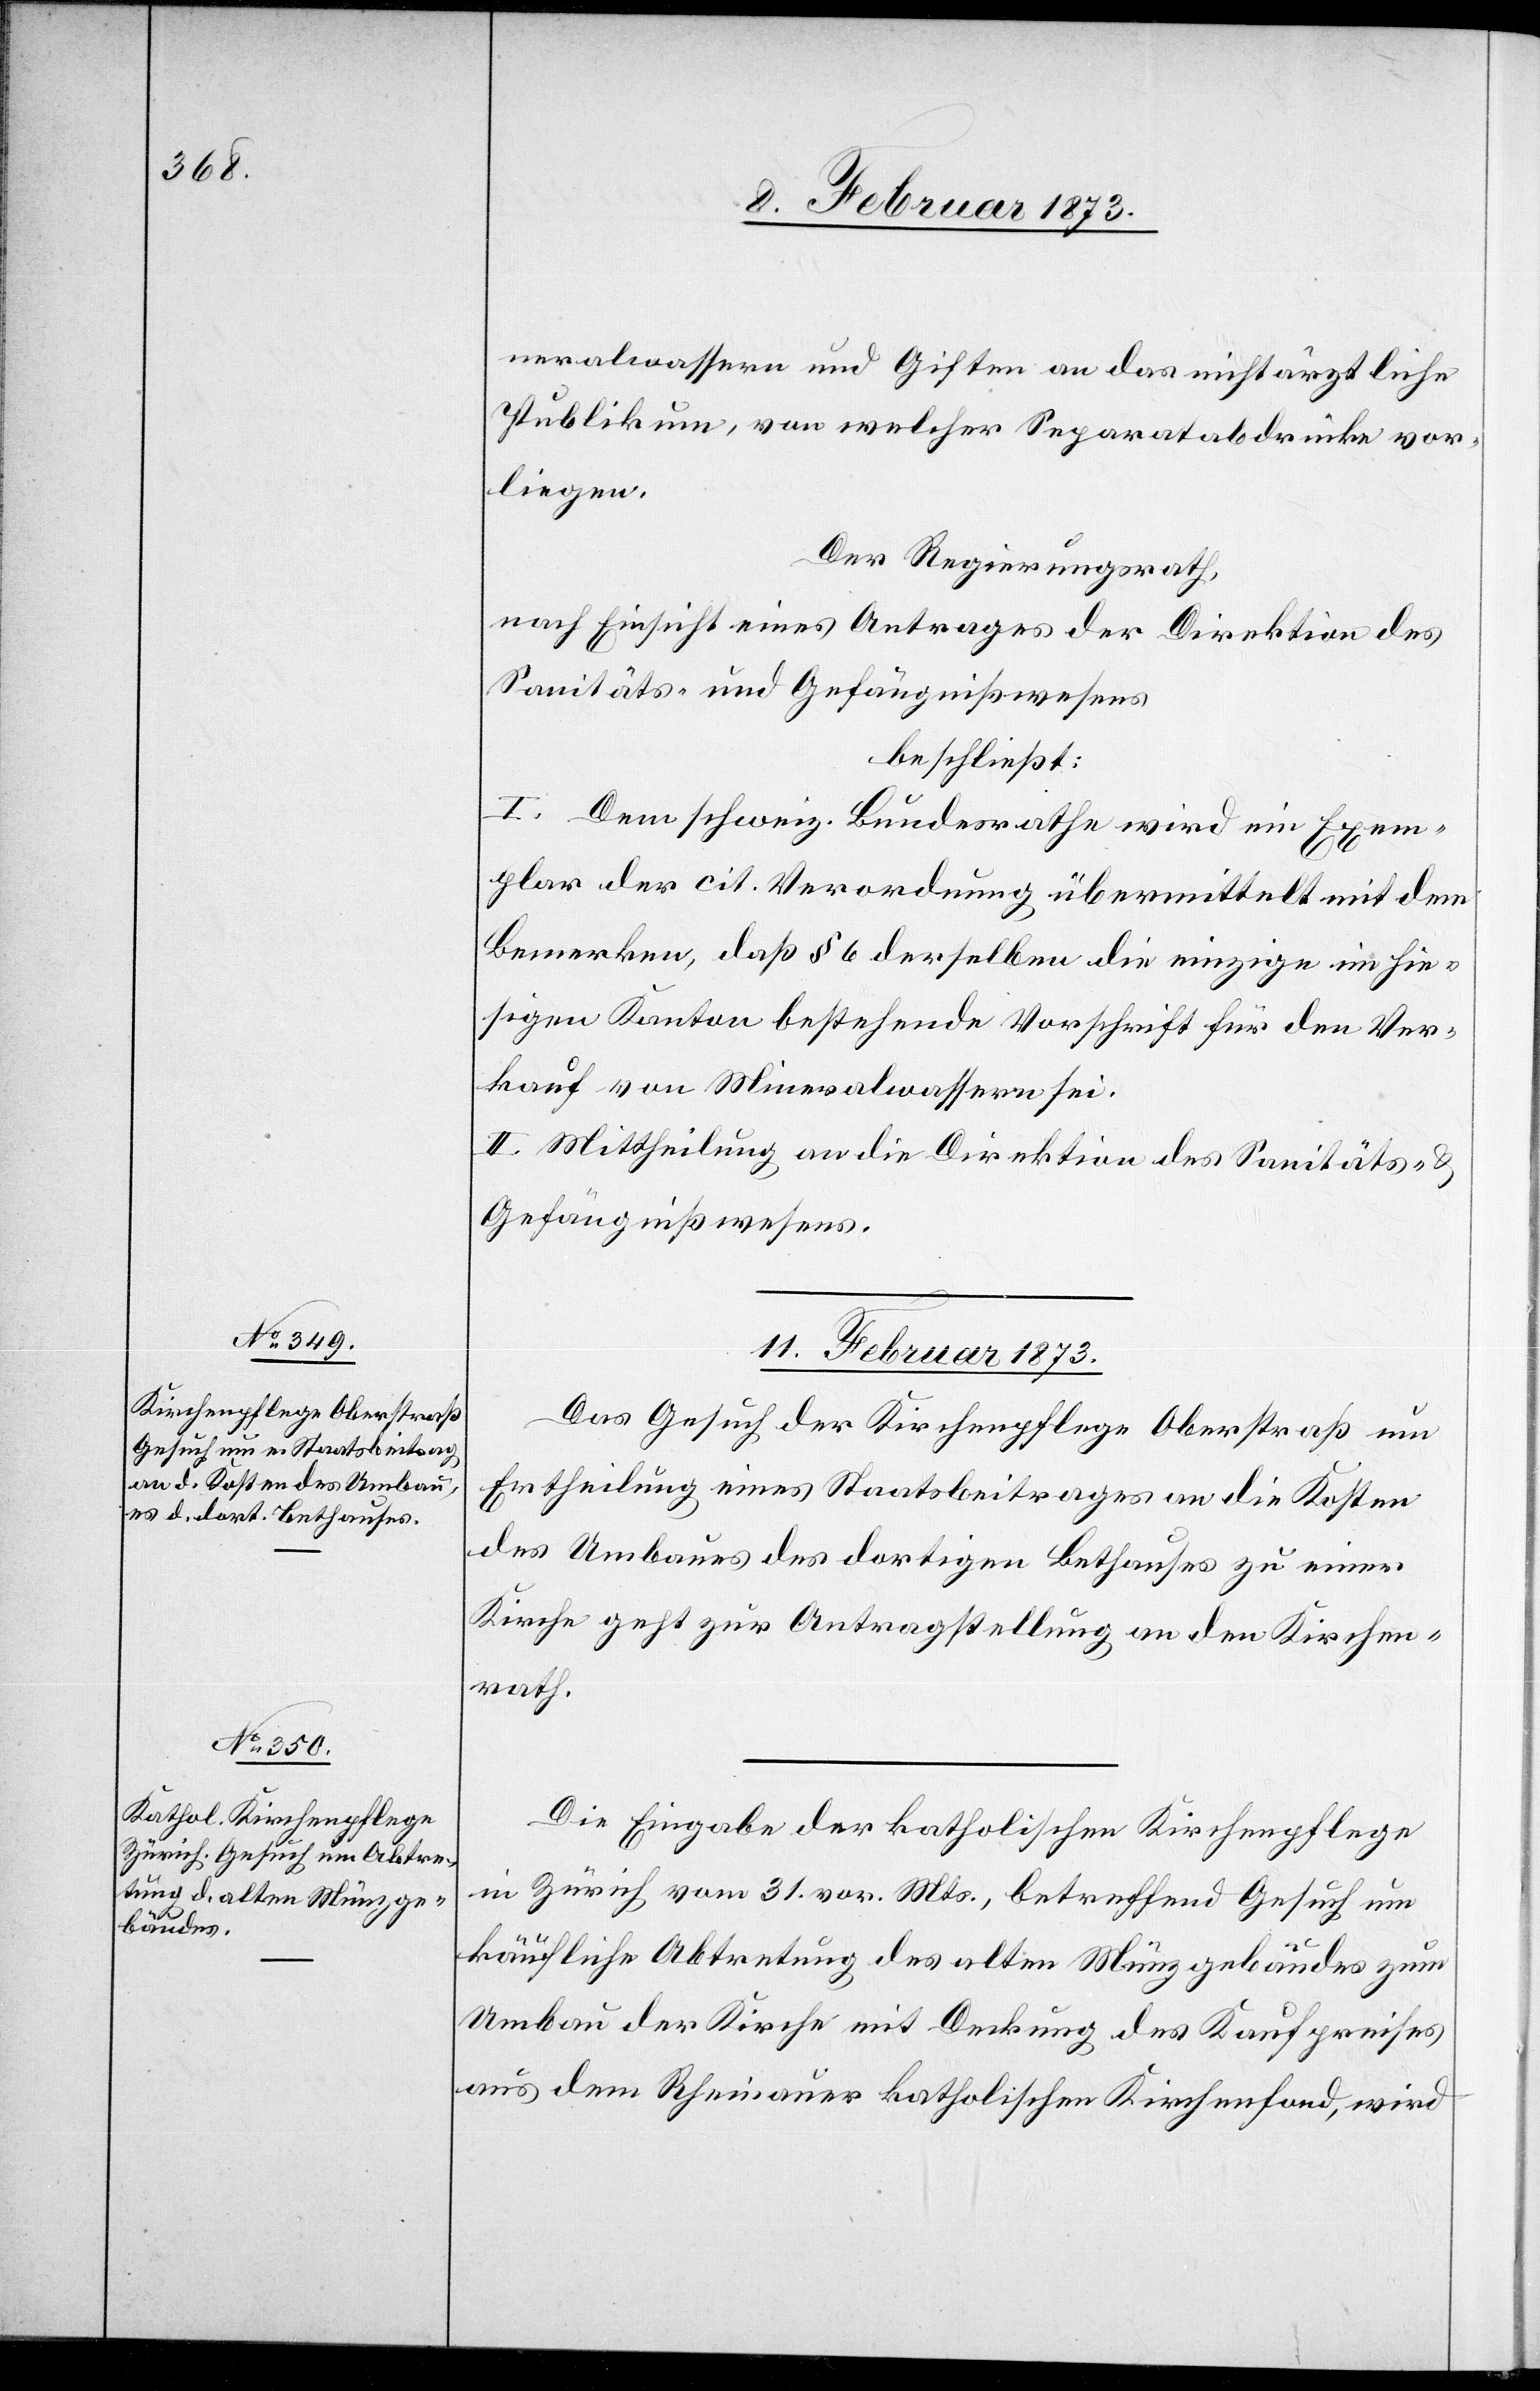
neralwassern und Giften an das nichtärztliche
Publikum, von welcher Separatabdrücke vor¬
liegen.
Der Regierungsrath,
nach Einsicht eines Antrages der Direktion des
Sanitäts- und Gefängnißwesens
beschließt:
I. Dem schweiz. Bundesrathe wird ein Exem¬
plar der cit. Verordnung übermittelt mit dem
Bemerken, daß § 6 derselben die einzige im hie¬
sigen Kanton bestehende Vorschrift für den Ver¬
kauf von Mineralwassern sei.
II. Mittheilung an die Direktion des Sanitäts- u.
Gefängnißwesens.
11. Februar 1873.]
Das Gesuch der Kirchenpflege Oberstraß um
Ertheilung eines Staatsbeitrages an die Kosten
des Umbaues des dortigen Bethauses zu einer
Kirche geht zur Antragstellung an den Kirchen¬
rath.
Die Eingabe der katholischen Kirchenpflege
in Zürich vom 31. vor. Mts., betreffend Gesuch um
käufliche Abtretung des alten Münzgebäudes zum
Umbau der Kirche mit Deckung des Kaufpreises
aus dem Rheinauer katholischen Kirchenfond, wird